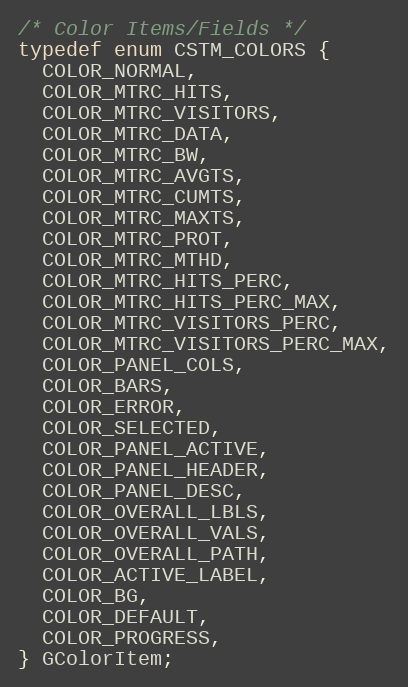
Language: C
/* Color Items/Fields */
typedef enum CSTM_COLORS {
  COLOR_NORMAL,
  COLOR_MTRC_HITS,
  COLOR_MTRC_VISITORS,
  COLOR_MTRC_DATA,
  COLOR_MTRC_BW,
  COLOR_MTRC_AVGTS,
  COLOR_MTRC_CUMTS,
  COLOR_MTRC_MAXTS,
  COLOR_MTRC_PROT,
  COLOR_MTRC_MTHD,
  COLOR_MTRC_HITS_PERC,
  COLOR_MTRC_HITS_PERC_MAX,
  COLOR_MTRC_VISITORS_PERC,
  COLOR_MTRC_VISITORS_PERC_MAX,
  COLOR_PANEL_COLS,
  COLOR_BARS,
  COLOR_ERROR,
  COLOR_SELECTED,
  COLOR_PANEL_ACTIVE,
  COLOR_PANEL_HEADER,
  COLOR_PANEL_DESC,
  COLOR_OVERALL_LBLS,
  COLOR_OVERALL_VALS,
  COLOR_OVERALL_PATH,
  COLOR_ACTIVE_LABEL,
  COLOR_BG,
  COLOR_DEFAULT,
  COLOR_PROGRESS,
} GColorItem;